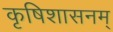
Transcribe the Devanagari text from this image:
कृषिशासनम्